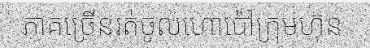
ភាគច្រើនរត់ចូលហោប៉ៅក្រុមហ៊ុន